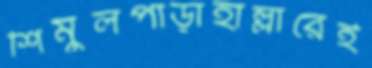
শিমুলপাড়াহাল্লারেই